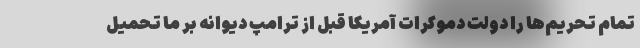
تمام تحریم‌ها را دولت دموکرات آمریکا قبل از ترامپ دیوانه بر ما تحمیل